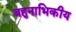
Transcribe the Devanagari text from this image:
बहुनाभिकीय